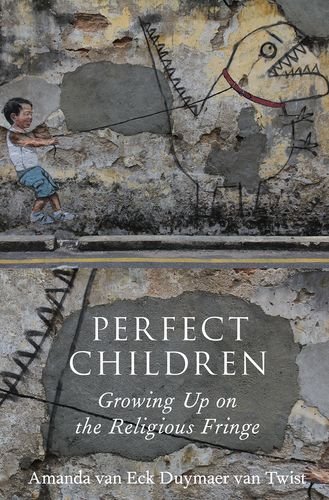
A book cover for Perfect Children: Growing Up on the Religious Fringe; Amanda van Eck Duymaer van Twist; Religion & Spirituality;